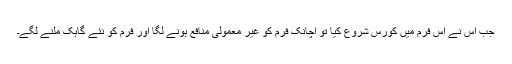
جب اُس نے اس فرم میں کورس شروع کیا تو اچانک فرم کو غیر معمولی منافع ہونے لگا اور فرم کو نئے گاہک ملنے لگے۔